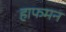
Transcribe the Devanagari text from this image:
हाफमन